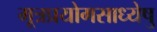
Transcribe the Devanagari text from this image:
मूत्रप्रयोगसाध्येषु